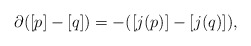
\begin{align*}\partial([p]-[q])=-([j(p)]-[j(q)]),\end{align*}